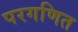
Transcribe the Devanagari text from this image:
परगणित